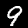
Label: 9